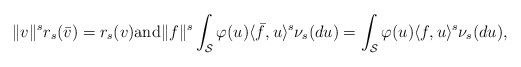
\begin{align*}\|v\|^s r_s(\bar v) = r_s(v) \mbox{and} \|f\|^s \int_{\mathcal{S}} \varphi(u) \langle \bar f, u \rangle^s \nu_s(du) = \int_{\mathcal{S}} \varphi(u) \langle f, u \rangle^s \nu_s(du), \end{align*}